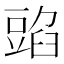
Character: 𧯰